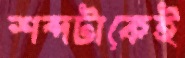
শব্দটাকেই